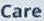
Care